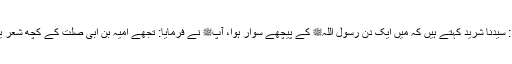
1506: سیدنا شریدؓ کہتے ہیں کہ میں ایک دن رسول اللہﷺ کے پیچھے سوار ہوا، آپﷺ نے فرمایا: تجھے امیہ بن ابی صلت کے کچھ شعر یاد ہیں؟